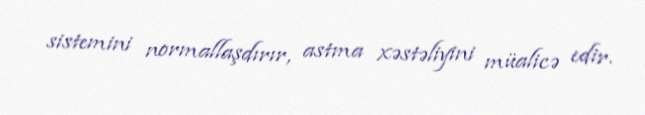
sistemini normallaşdırır, astma xəstəliyini müalicə edir.